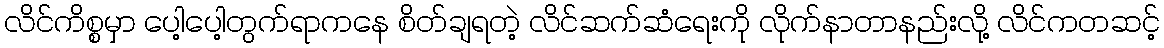
လိင်ကိစ္စမှာ ပေါ့ပေါ့တွက်ရာကနေ စိတ်ချရတဲ့ လိင်ဆက်ဆံရေးကို လိုက်နာတာနည်းလို့ လိင်ကတဆင့်